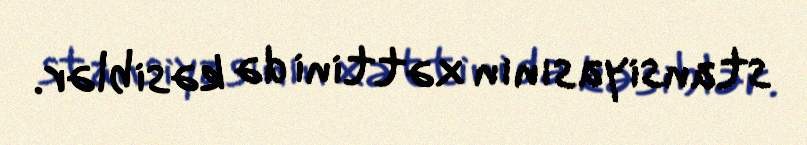
stansiyasının xəttini də kəsiblər.